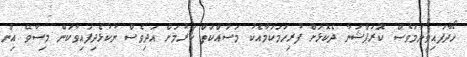
ހޯދާފައިވީނަމަވެސް ކޮރަޕްޝަނާ ދެކޮޅަށް ފުރިހަމަކަމާއެކު މަސައްކަތް ކުރުމަށް އަދިވެސް ނުކުޅެދިފައިވާކަން މިސާވޭ އިން